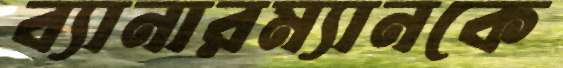
ব্যানারম্যানকে